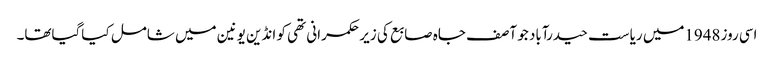
اسی روز1948میں ریاست حیدرآباد جو آصف جاہ صابع کی زیر حکمرانی تھی کو انڈین یونین میں شامل کیاگیاتھا۔